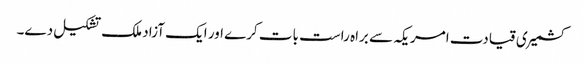
کشمیری قیادت امریکہ سے براہ راست بات کرے اور ایک آزاد ملک تشکیل دے۔